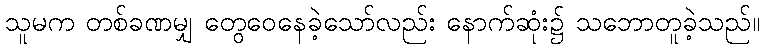
သူမက တစ်ခဏမျှ တွေဝေနေခဲ့သော်လည်း နောက်ဆုံး၌ သဘောတူခဲ့သည်။